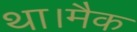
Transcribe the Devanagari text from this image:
था।मैक